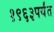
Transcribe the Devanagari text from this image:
१९६३पर्यंत